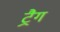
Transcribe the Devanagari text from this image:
ट्रैग